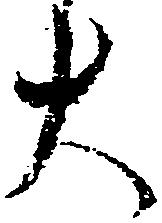
大